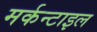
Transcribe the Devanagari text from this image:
मर्कन्टाइल